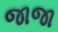
જાજા